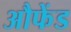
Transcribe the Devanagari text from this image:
औफेंड